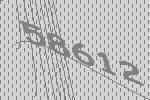
58612